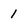
Character: 1